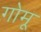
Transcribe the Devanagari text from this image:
गोमू